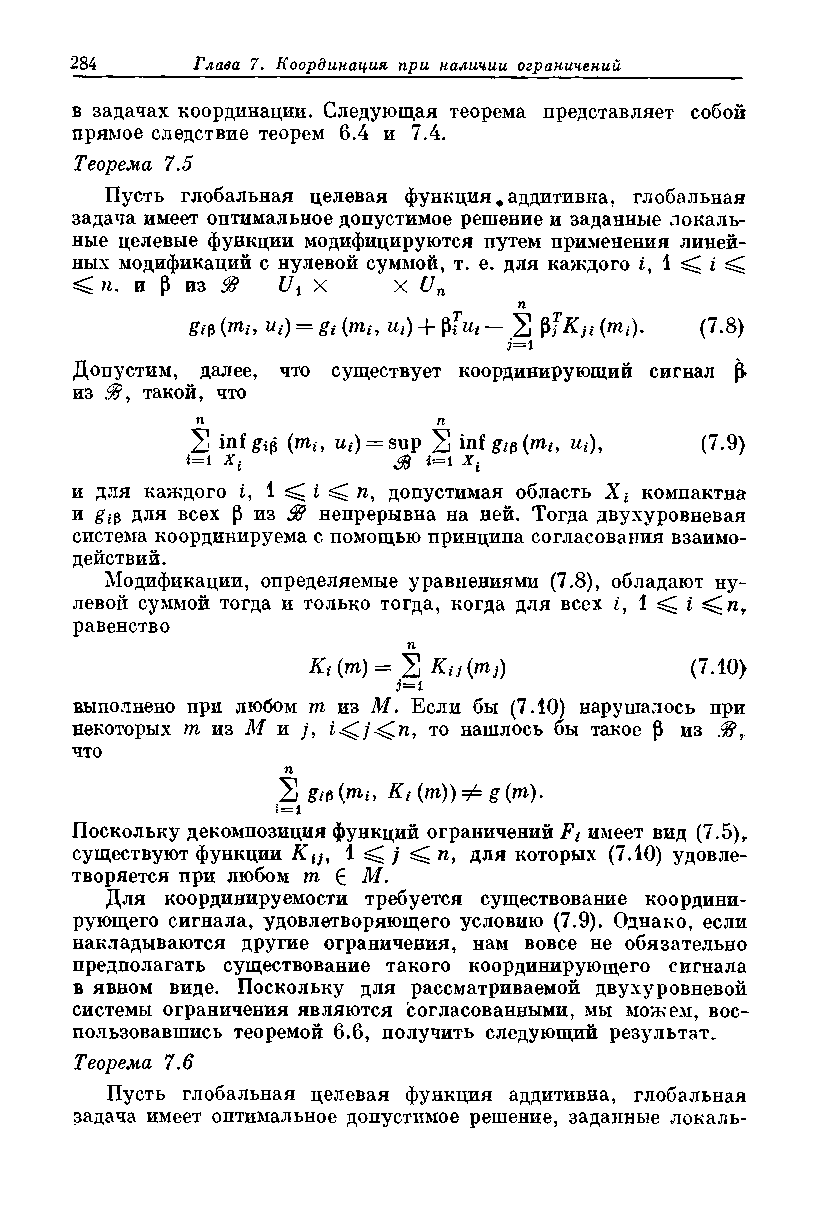
в задачах координации. Следующая теорема представляет собой
 прямое следствие теорем 6.4 и 7.4.
 Теорема 7.5
 Пусть глобальная целевая функция «аддитивна, глобальная
 задача имеет оптимальное допустимое решение и заданные локаль­
 ные целевые функции модифицируются путем применения линей­
 ных модификаций с нулевой суммой, т. е. для каждого г, 1 ^ i ^
 <   и Р из if Ux X   X ип
 п
 gib (m«. ut) = gi (тщ, ui) + — 2 $Кц (mi). (7.8)
 j=l
 Допустим, далее, что существует координирующий сигнал j}.
 из .Ф, такой, что
 П               п
 2 inf (miy и() = sup 2 inf gtp (mb щ), (7.9)
 i=i xt        & i=l jr.
 и для каждого i, 1 ^ i ^ и, допустимая область Xt компактна
 и gip для всех р из ^ непрерывна на ней. Тогда двухуровневая
 система координируема с помощью принципа согласования взаимо­
 действий.
 Модификации, определяемые уравнениями (7.8), обладают ну­
 левой суммой тогда и только тогда, когда для всех г, 1 ^ i ^ п г
 равенство
 71
 Kt (m) = 2 Kij (m})       (7.10)
 j=i
 выполнено при любом m из М. Если бы (7.10) нарушалось при
 некоторых m из М и /,  то нашлось бы такое (J из
 что
 п
 2 gibimt, Ki(m))^ g(m).
 t=l
 Поскольку декомпозиция функций ограничений Fi имеет вид (7.5)т
 существуют функции Кц, 1 ^ j ^ гс, для которых (7.10) удовле­
 творяется при любом m £ М.
 Для координируемости требуется существование координи­
 рующего сигнала, удовлетворяющего условию (7.9). Однако, если
 накладываются другие ограничения, нам вовсе не обязательно
 предполагать существование такого координирующего сигнала
 в явном виде. Поскольку для рассматриваемой двухуровневой
 системы ограничения являются согласованными, мы можем, вос­
 пользовавшись теоремой 6.6, получить следующий результат.
 Теорема 7.6
 Пусть глобальная целевая функция аддитивна, глобальная
 задача имеет оптимальное допустимое решение, заданные локаль­